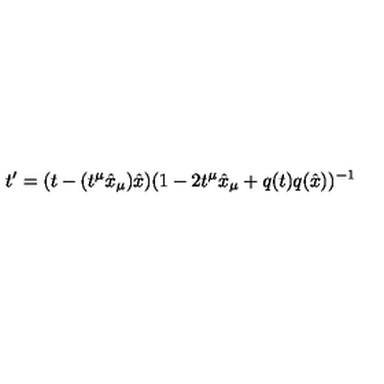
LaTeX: t ^ { \prime } = ( t - ( t ^ { \mu } { \hat { x } } _ { \mu } ) { \hat { x } } ) ( 1 - 2 t ^ { \mu } { \hat { x } } _ { \mu } + q ( t ) q ( { \hat { x } } ) ) ^ { - 1 }